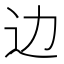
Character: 边